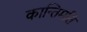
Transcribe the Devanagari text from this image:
कान्तिमति